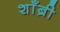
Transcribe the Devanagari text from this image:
शाँब्री